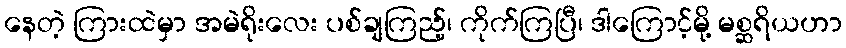
နေတဲ့ ကြားထဲမှာ အမဲရိုးလေး ပစ်ချကြည့်၊ ကိုက်ကြပြီ၊ ဒါကြောင့်မို့ မစ္ဆရိယဟာ